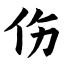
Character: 伤